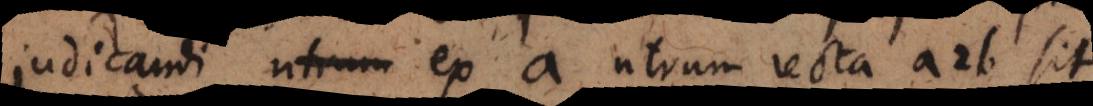
judicandi utrum ex a utrum recta a2b sit